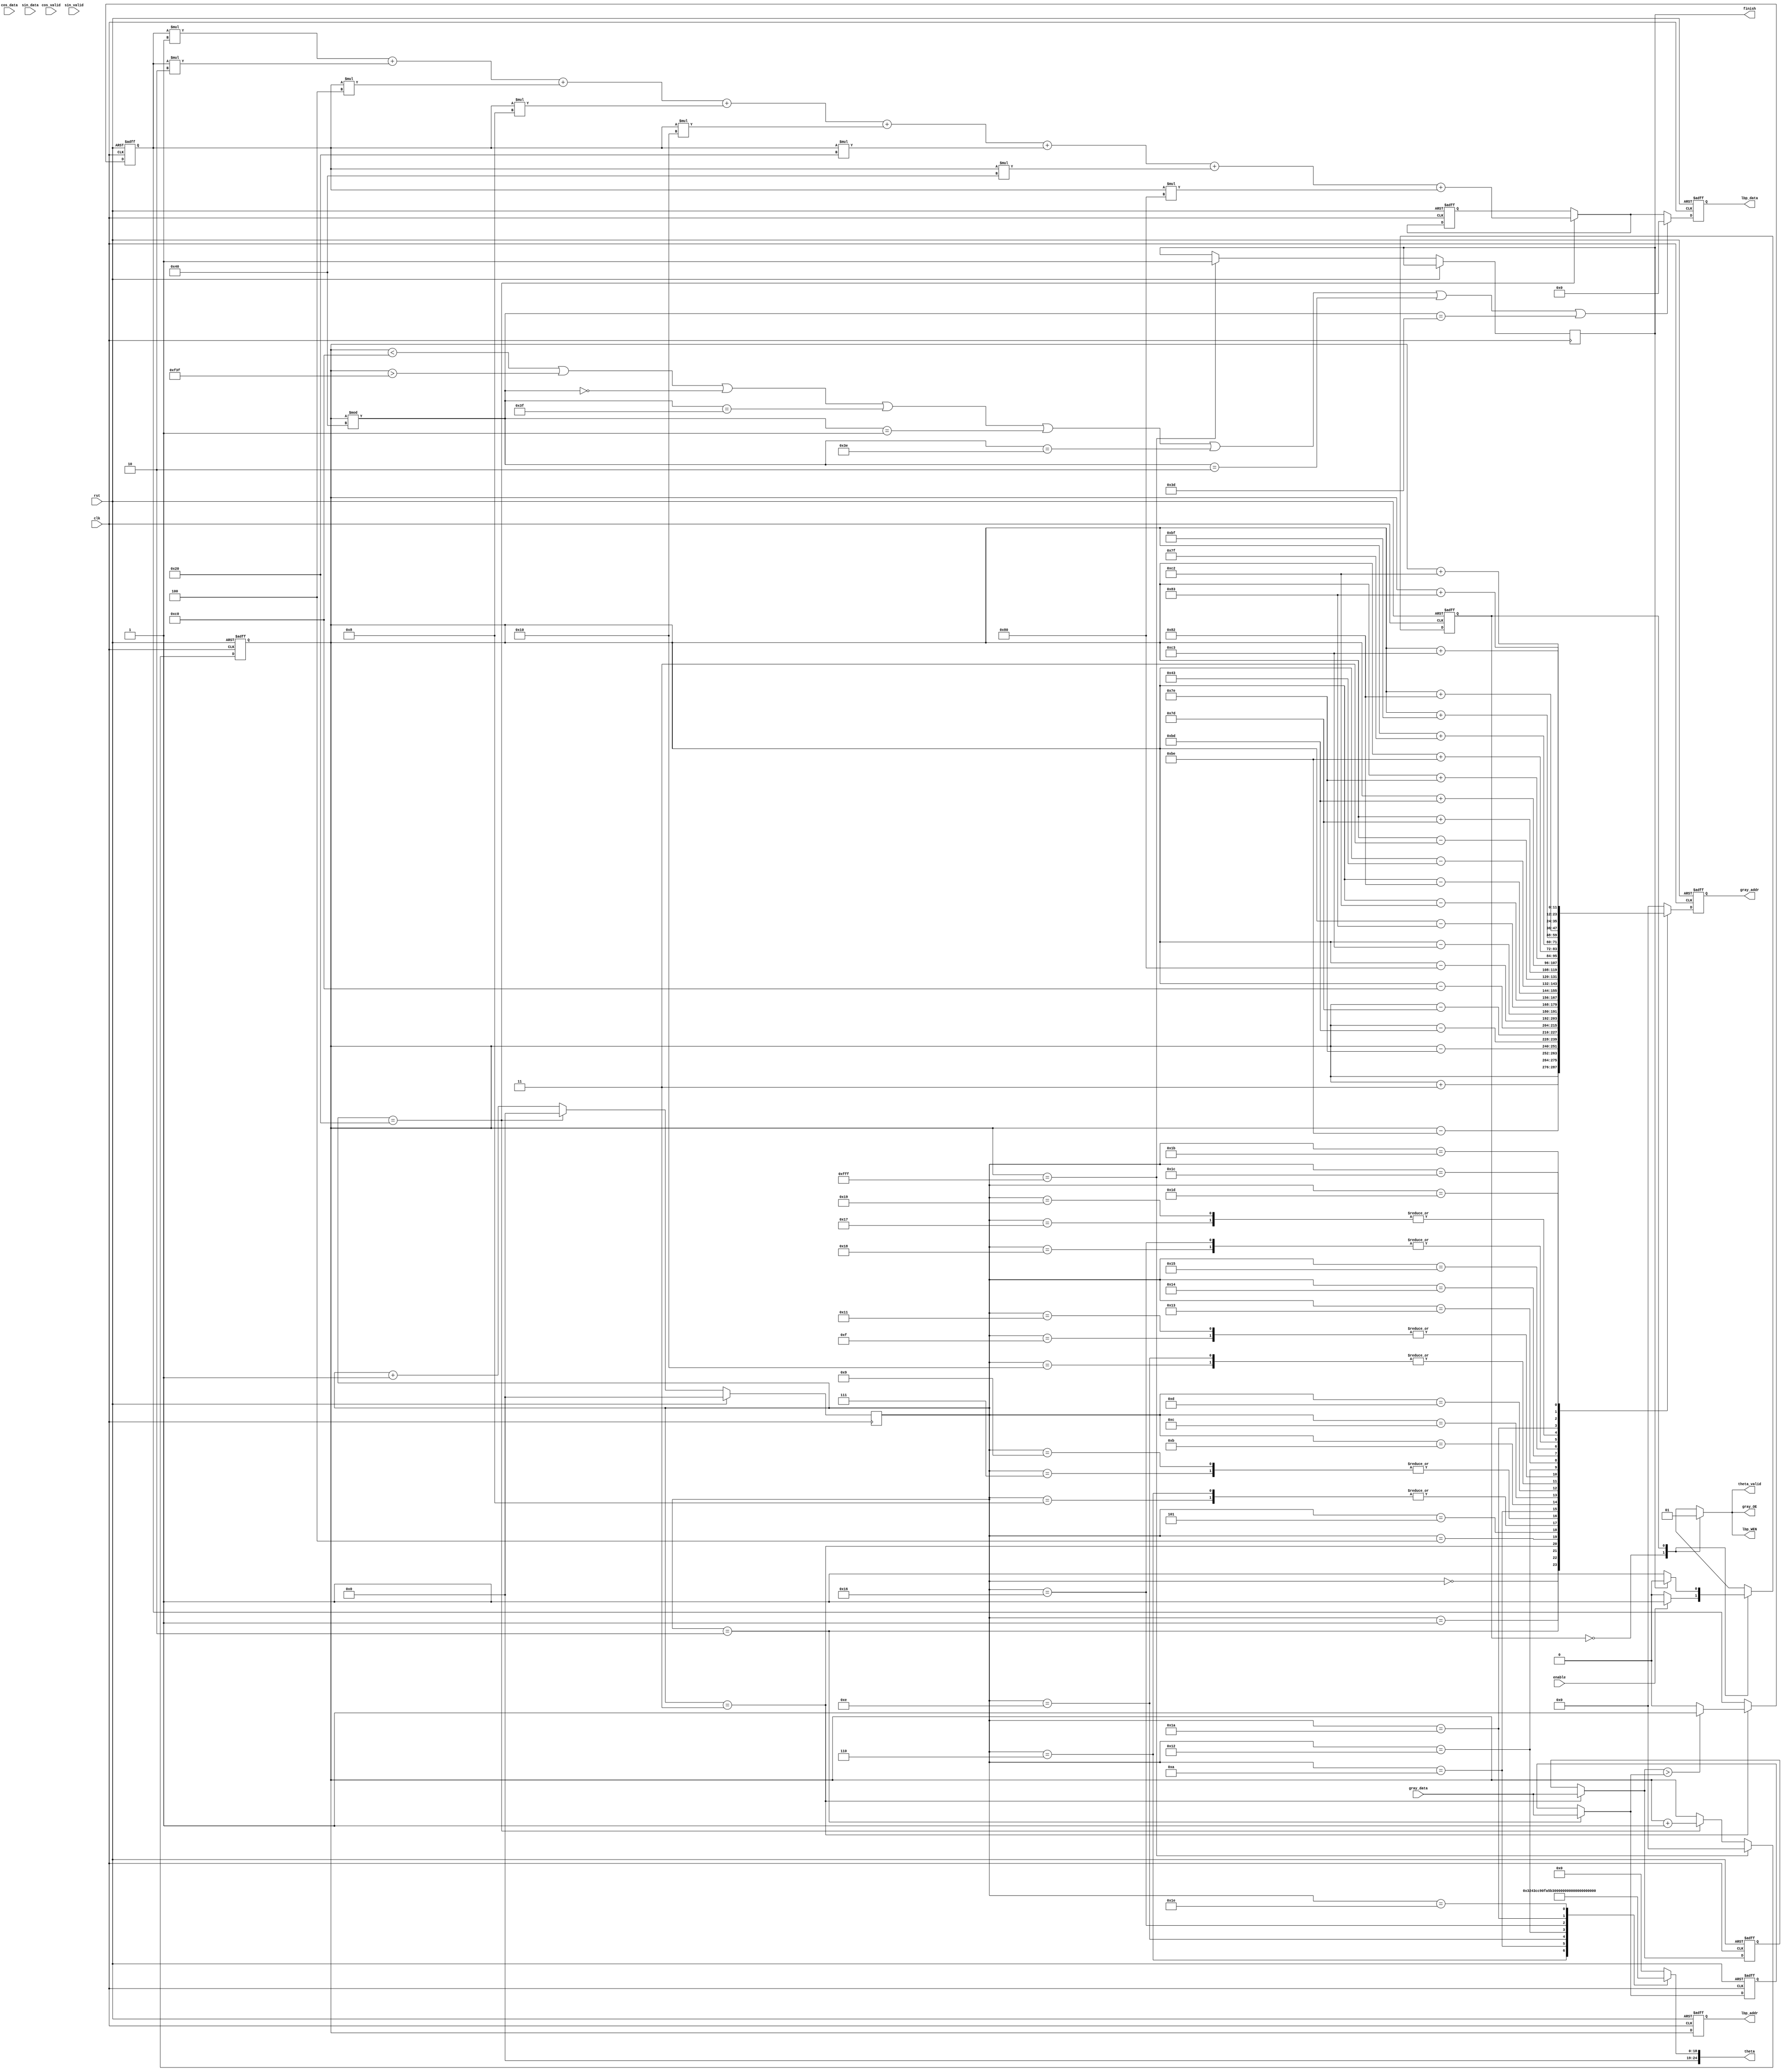
module CLBP
#(
    parameter INT_WIDTH     = 9,
    parameter FRAC_WIDTH    = 16
)
(
    input                                       clk,
    input                                       rst,
    input                                       enable,
    output reg  [11:0]                          gray_addr,
    output reg                                  gray_OE,
    input       [7:0]                           gray_data,
    output reg  [11:0]                          lbp_addr,
    output reg                                  lbp_WEN,
    output reg  [7:0]                           lbp_data,
    output reg  [(INT_WIDTH+FRAC_WIDTH)-1:0]    theta, // in radian
    output reg                                  theta_valid,
    input       [(INT_WIDTH+FRAC_WIDTH)-1:0]    cos_data,
    input                                       cos_valid,
    input       [(INT_WIDTH+FRAC_WIDTH)-1:0]    sin_data,
    input                                       sin_valid,
    output reg                                  finish
    );  
//====================================================================
reg [11:0] lbp_addr_value, gray_addr_value;
reg [7:0] lbp_value, lbp_value_t;
reg [7:0] k_c, k_0, k_1, k_2, k_3, k_4, k_5, k_6, k_7, q_00, q_01, q_10, q_11;
reg [7:0] k_c_t, k_0_t, k_1_t, k_2_t, k_3_t, k_4_t, k_5_t, k_6_t, k_7_t, q_00_t, q_01_t, q_10_t, q_11_t;
reg [5:0] counter;
reg current_state, next_state;
reg k_0_marked, k_1_marked, k_2_marked, k_3_marked, k_4_marked, k_5_marked, k_6_marked, k_7_marked;
reg k_0_marked_t, k_1_marked_t, k_2_marked_t, k_3_marked_t, k_4_marked_t, k_5_marked_t, k_6_marked_t, k_7_marked_t;
reg [(INT_WIDTH+FRAC_WIDTH)-1:0] rx, ry, w1, w2, w3, w4, x1, x2, y1, y2, tx, ty, ry_t, theta_t;
reg [(INT_WIDTH+FRAC_WIDTH)-1:0] rx_t, w1_t, w2_t, w3_t, w4_t, x1_t, x2_t, y1_t, y2_t, tx_t, ty_t, ry_t_t, ry_t_tt;
reg [(INT_WIDTH+FRAC_WIDTH)-1:0] q_00_temp, q_01_temp, q_10_temp, q_11_temp, c_d, s_d;
reg [(INT_WIDTH+FRAC_WIDTH)-1:0] c_d_t, s_d_t;
reg [(INT_WIDTH+FRAC_WIDTH)*2-1:0] w_1_data, w_2_data, w_3_data, w_4_data, k_temp;
reg [(INT_WIDTH+FRAC_WIDTH)*2-1:0] w_1_data_t, w_2_data_t, w_3_data_t, w_4_data_t, k_temp_t;
parameter IDLE = 1'b0, CALC = 1'b1;
//====================================================================
always @(*)
begin
    case(current_state)
        IDLE: begin
			if (enable)
			begin
            	next_state = CALC;
			end
			else
            begin
                next_state = IDLE;
			end
        end
        CALC: begin
            if (finish)
			begin
            	next_state = IDLE;
			end
			else
            begin
                next_state = CALC;
			end
        end
    endcase
end

always @(posedge clk or posedge rst)
begin
	if (rst)
        current_state <= IDLE;
	else
        current_state <= next_state;
end

always @(posedge clk or posedge rst)
begin
    if (rst)
    begin
        // Reset signals
        gray_addr <= 12'd0;
        lbp_addr <= 12'd0;
        lbp_data <= 8'd0;
    end
    else
    begin
        // Update outputs based on the calculated values
        gray_addr <= gray_addr_value;
        lbp_addr <= lbp_addr_value;
		if (lbp_addr_value < 12'd192 || lbp_addr_value > 12'd3903 || 
            lbp_addr_value % 12'd64 == 12'd0 || lbp_addr_value % 12'd64 == 12'd63 ||
            lbp_addr_value % 12'd64 == 12'd1 || lbp_addr_value % 12'd64 == 12'd62 ||
            lbp_addr_value % 12'd64 == 12'd2 || lbp_addr_value % 12'd64 == 12'd61)
		begin
            lbp_data <= 8'b0;
        end
		else
        begin
            lbp_data <= lbp_value;
		end
    end
end

always @(*)
begin
	case (current_state)
		IDLE: begin
			gray_OE = 1'b0;
			lbp_WEN = 1'b0;
            theta_valid = 1'b0;
		end
		CALC: begin
			gray_OE = 1'b1;
			lbp_WEN = 1'b1;
            theta_valid = 1'b1;
		end
	endcase
end

// update address
always @(posedge clk or posedge rst)
begin
	if (rst)
    begin
		lbp_addr_value <= 12'd0;
    end
    else
	if (lbp_addr_value == 12'd4095)
	begin
        lbp_addr_value <= 12'd0;
		finish <= 1'b1;
	end
    else
    begin
		if (counter == 6'd32)
			lbp_addr_value <= lbp_addr_value + 12'd1;
		else
			lbp_addr_value <= lbp_addr_value;
    end
end

// counter
always @(posedge clk)
begin
	if (rst)
        counter <= 6'd0;
	else
    begin
		if (counter == 6'd32)
            counter <= 6'd0;
        else
            counter <= counter + 6'd1;
	end
end

// gray_addr_value
always @(*)
begin
    case(counter)
		6'd0: gray_addr_value = lbp_addr_value;
    	6'd1: gray_addr_value = lbp_addr_value + 12'd3;     // k_0
    	6'd2: gray_addr_value = lbp_addr_value - 12'd190;   // k_1  // q_00
        6'd3: gray_addr_value = lbp_addr_value - 12'd126;           // q_01
        6'd4: gray_addr_value = lbp_addr_value - 12'd189;           // q_10
        6'd5: gray_addr_value = lbp_addr_value - 12'd125;           // q_11
    	6'd6: gray_addr_value = lbp_addr_value - 12'd192;    // k_2
        6'd7: gray_addr_value = lbp_addr_value - 12'd128;
        6'd8: gray_addr_value = lbp_addr_value - 12'd192;
        6'd9: gray_addr_value = lbp_addr_value - 12'd128;
		6'd10: gray_addr_value = lbp_addr_value - 12'd195;    // k_3 // q_00
        6'd11: gray_addr_value = lbp_addr_value - 12'd131;           // q_01
        6'd12: gray_addr_value = lbp_addr_value - 12'd194;           // q_10
        6'd13: gray_addr_value = lbp_addr_value - 12'd130;          // q_11
		6'd14: gray_addr_value = lbp_addr_value - 12'd67;     // k_4
        6'd15: gray_addr_value = lbp_addr_value - 12'd3;
        6'd16: gray_addr_value = lbp_addr_value - 12'd67;
        6'd17: gray_addr_value = lbp_addr_value - 12'd3;
		6'd18: gray_addr_value = lbp_addr_value + 12'd125;   // k_5  // q_00
        6'd19: gray_addr_value = lbp_addr_value + 12'd189;           // q_01
        6'd20: gray_addr_value = lbp_addr_value + 12'd126;           // q_10
        6'd21: gray_addr_value = lbp_addr_value + 12'd190;           // q_11
		6'd22: gray_addr_value = lbp_addr_value + 12'd127;    // k_6
        6'd23: gray_addr_value = lbp_addr_value + 12'd191;
        6'd24: gray_addr_value = lbp_addr_value + 12'd127;
        6'd25: gray_addr_value = lbp_addr_value + 12'd191;
		6'd26: gray_addr_value = lbp_addr_value + 12'd130;    // k_7 // q_00
        6'd27: gray_addr_value = lbp_addr_value + 12'd194;           // q_01
        6'd28: gray_addr_value = lbp_addr_value + 12'd131;           // q_10
        6'd29: gray_addr_value = lbp_addr_value + 12'd195;           // q_11
        default: gray_addr_value = 12'd0;
	endcase
end

always @(posedge clk or posedge rst)
begin
	if (rst)
        theta_t <= 25'd0;
	else
        theta_t <= theta;
end

always @(*)
begin
    theta = theta_t;
    case(counter)
        6'd6: theta = (25'd2) * (25'b0000000110010010000111111 * 25'd1) / (25'd8);      // pi/4
        6'd10: theta = (25'd2) * (25'b0000000110010010000111111 * 25'd2) / (25'd8);     // pi/2
        6'd14: theta = (25'd2) * (25'b0000000110010010000111111 * 25'd3) / (25'd8);     // 3pi/4
        6'd18: theta = (25'd2) * (25'b0000000110010010000111111 * 25'd4) / (25'd8);     // pi
        6'd22: theta = (25'd2) * (25'b0000000110010010000111111 * 25'd5) / (25'd8);     // 5pi/4
        6'd26: theta = (25'd2) * (25'b0000000110010010000111111 * 25'd6) / (25'd8);     // 3pi/2
        6'd30: theta = (25'd2) * (25'b0000000110010010000111111 * 25'd7) / (25'd8);     // 7pi/4
        default: theta = 25'd0;
    endcase
end

always @(posedge clk or posedge rst)
begin
	if (rst)
    begin
        k_temp_t <= 50'd0;
        k_1_t <= 8'd0;
        k_2_t <= 8'd0;
        k_3_t <= 8'd0;
        k_4_t <= 8'd0;
        k_5_t <= 8'd0;
        k_6_t <= 8'd0;
        k_7_t <= 8'd0;
    end
	else
    begin
        k_temp_t <= k_temp;
        k_1_t <= k_1;
        k_2_t <= k_2;
        k_3_t <= k_3;
        k_4_t <= k_4;
        k_5_t <= k_5;
        k_6_t <= k_6;
        k_7_t <= k_7;
    end
end

always @(*)
begin
    q_00_temp = {1'b0, q_00, 16'b0};
    q_01_temp = {1'b0, q_01, 16'b0};
    q_10_temp = {1'b0, q_10, 16'b0};
    q_11_temp = {1'b0, q_11, 16'b0};
    k_temp = k_temp_t;
    k_1 = k_1_t;
    k_2 = k_2_t;
    k_3 = k_3_t;
    k_4 = k_4_t;
    k_5 = k_5_t;
    k_6 = k_6_t;
    k_7 = k_7_t;
    case(counter)
        6'd7: 
        begin
            k_temp = (q_00_temp * w1 + q_01_temp * w2 + q_10_temp * w3 + q_11_temp * w4);
            if (k_temp[31] == 1'b1 || k_temp[30] == 1'b1 || k_temp[29] == 1'b1 || 
                k_temp[28] == 1'b1 || k_temp[27] == 1'b1)
                k_1 = k_temp[39:32] + 8'd1;
            else
                k_1 = k_temp[39:32];
        end
        6'd11: 
        begin
            k_temp = (q_00_temp * w1 + q_01_temp * w2 + q_10_temp * w3 + q_11_temp * w4);
            if (k_temp[31] == 1'b1 || k_temp[30] == 1'b1 || k_temp[29] == 1'b1 || 
                k_temp[28] == 1'b1 || k_temp[27] == 1'b1)
                k_2 = k_temp[39:32] + 8'd1;
            else
                k_2 = k_temp[39:32];
        end
        6'd15: 
        begin
            k_temp = (q_00_temp * w1 + q_01_temp * w2 + q_10_temp * w3 + q_11_temp * w4);
            if (k_temp[31] == 1'b1 || k_temp[30] == 1'b1 || k_temp[29] == 1'b1 || 
                k_temp[28] == 1'b1 || k_temp[27] == 1'b1)
                k_3 = k_temp[39:32] + 8'd1;
            else
                k_3 = k_temp[39:32];
        end
        6'd19: 
        begin
            k_temp = (q_00_temp * w1 + q_01_temp * w2 + q_10_temp * w3 + q_11_temp * w4);
            if (k_temp[31] == 1'b1 || k_temp[30] == 1'b1 || k_temp[29] == 1'b1 || 
                k_temp[28] == 1'b1 || k_temp[27] == 1'b1)
                k_4 = k_temp[39:32] + 8'd1;
            else
                k_4 = k_temp[39:32];
        end
        6'd23: 
        begin
            k_temp = (q_00_temp * w1 + q_01_temp * w2 + q_10_temp * w3 + q_11_temp * w4);
            if (k_temp[31] == 1'b1 || k_temp[30] == 1'b1 || k_temp[29] == 1'b1 || 
                k_temp[28] == 1'b1 || k_temp[27] == 1'b1)
                k_5 = k_temp[39:32] + 8'd1;
            else
                k_5 = k_temp[39:32];
        end
        6'd27: 
        begin
            k_temp = (q_00_temp * w1 + q_01_temp * w2 + q_10_temp * w3 + q_11_temp * w4);
            if (k_temp[31] == 1'b1 || k_temp[30] == 1'b1 || k_temp[29] == 1'b1 || 
                k_temp[28] == 1'b1 || k_temp[27] == 1'b1)
                k_6 = k_temp[39:32] + 8'd1;
            else
                k_6 = k_temp[39:32];
        end
        6'd31:
        begin
            k_temp = (q_00_temp * w1 + q_01_temp * w2 + q_10_temp * w3 + q_11_temp * w4);
            if (k_temp[31] == 1'b1 || k_temp[30] == 1'b1 || k_temp[29] == 1'b1 || 
                k_temp[28] == 1'b1 || k_temp[27] == 1'b1)
                k_7 = k_temp[39:32] + 8'd1;
            else
                k_7 = k_temp[39:32];
        end 
        default:
        begin
            k_temp = 50'd0;
        end
    endcase
end

always @(posedge clk or posedge rst)
begin
	if (rst)
    begin
        rx_t <= 25'd0;
        ry_t_t <= 25'd0;
        x1_t <= 25'd0;
        x2_t <= 25'd0;
        y1_t <= 25'd0;
        y2_t <= 25'd0;
        tx_t <= 25'd0;
        ty_t <= 25'd0;
        w1_t <= 25'd0;
        w2_t <= 25'd0;
        w3_t <= 25'd0;
        w4_t <= 25'd0;
        c_d_t <= 25'd0;
        s_d_t <= 25'd0;
        ry_t_tt <= 25'd0;
        w_1_data_t <= 50'd0;
        w_2_data_t <= 50'd0;
        w_3_data_t <= 50'd0;
        w_4_data_t <= 50'd0;
    end
	else
    begin
        rx_t <= rx;
        ry_t_t <= ry;
        x1_t <= x1;
        x2_t <= x2;
        y1_t <= y1;
        y2_t <= y2;
        tx_t <= tx;
        ty_t <= ty;
        w1_t <= w1;
        w2_t <= w2;
        w3_t <= w3;
        w4_t <= w4;
        c_d_t <= c_d;
        s_d_t <= s_d;
        ry_t_tt <= ry_t;
        w_1_data_t <= w_1_data;
        w_2_data_t <= w_2_data;
        w_3_data_t <= w_3_data;
        w_4_data_t <= w_4_data;
    end
end

always @(*)
begin
	rx = rx_t;
    ry = ry_t_t;
    x1 = x1_t;
    x2 = x2_t;
    y1 = y1_t;
    y2 = y2_t;
    tx = tx_t;
    ty = ty_t;
    w1 = w1_t;
    w2 = w2_t;
    w3 = w3_t;
    w4 = w4_t;
    c_d = c_d_t;
    s_d = s_d_t;
    ry_t = ry_t_tt;
    w_1_data = w_1_data_t;
    w_2_data = w_2_data_t;
    w_3_data = w_3_data_t;
    w_4_data = w_4_data_t;
    case(counter)
    6'd7, 6'd11, 6'd15, 6'd19, 6'd23, 6'd27, 6'd31:
    begin
        if (cos_valid && sin_valid)
        begin
            c_d = cos_data;
            s_d = sin_data;
            if (c_d[24] == 1'b1)
            begin
                c_d[24:16] = 9'b100000000;
                c_d[15] = ~c_d[15];
                c_d[14] = ~c_d[14];
                c_d[13] = ~c_d[13];
                c_d[12] = ~c_d[12];
                c_d[11] = ~c_d[11];
                c_d[10] = ~c_d[10];
                c_d[9] = ~c_d[9];
                c_d[8] = ~c_d[8];
                c_d[7] = ~c_d[7];
                c_d[6] = ~c_d[6];
                c_d[5] = ~c_d[5];
                c_d[4] = ~c_d[4];
                c_d[3] = ~c_d[3];
                c_d[2] = ~c_d[2];
                c_d[1] = ~c_d[1];
                c_d[0] = ~c_d[0];
                c_d = c_d + 25'd1;
            end
            else
                c_d = c_d;
            if (s_d[24] == 1'b1)
            begin
                s_d[24:16] = 9'b100000000;
                s_d[15] = ~s_d[15];
                s_d[14] = ~s_d[14];
                s_d[13] = ~s_d[13];
                s_d[12] = ~s_d[12];
                s_d[11] = ~s_d[11];
                s_d[10] = ~s_d[10];
                s_d[9] = ~s_d[9];
                s_d[8] = ~s_d[8];
                s_d[7] = ~s_d[7];
                s_d[6] = ~s_d[6];
                s_d[5] = ~s_d[5];
                s_d[4] = ~s_d[4];
                s_d[3] = ~s_d[3];
                s_d[2] = ~s_d[2];
                s_d[1] = ~s_d[1];
                s_d[0] = ~s_d[0];
                s_d = s_d + 25'd1;
            end
            else
                s_d = s_d;
            if (c_d[15:11] == 5'b11111)
            begin
                c_d = {c_d[24:16], 16'b0} + 25'd65536;
            end
            else
            begin
                c_d = c_d;
            end
            if (s_d[15:11] == 5'b11111)
            begin
                s_d = {s_d[24:16], 16'b0} + 25'd65536;
            end
            else
            begin
                s_d = s_d;
            end
            rx = 3 * c_d;
            ry_t = 3 * s_d;
            if (ry_t[24] == 1'b0)
                ry = {1'b1, ry_t[23:0]};
            else
                ry = {1'b0, ry_t[23:0]};
        end
        else
        begin
            rx = 25'd0;
            ry = 25'd0;
        end
    end
    default:
    begin
        rx = rx_t;
        ry = ry_t;
    end
    endcase
    x1 = (rx / 25'd65536) * 25'd65536;
    x2 = (rx / 25'd65536) * 25'd65536;
    if (rx[15:0] > 16'd0)
    begin
        if (rx[24] == 1'b1)
            x1 = x1 + 25'd65536;
        else
            x2 = x2 + 25'd65536;
    end
    else
    begin
        x1 = x1;
        x2 = x2;
    end
    y1 = (ry / 25'd65536) * 25'd65536;
    y2 = (ry / 25'd65536) * 25'd65536;
    if (ry[15:0] > 16'd0)
    begin
        if (ry[24] == 1'b1)
            y1 = y1 + 25'd65536;
        else
            y2 = y2 + 25'd65536;
    end
    else
    begin
        y1 = y1_t;
        y2 = y2_t;
    end
    if (rx[24] == 1'b1)
        tx = (x1 - rx);
    else
        tx = (rx - x1);
    if (ry[24] == 1'b1)
        ty = (y1 - ry);
    else
        ty = (ry - y1);
    w_1_data = ((25'b0000000010000000000000000 - tx) * (25'b0000000010000000000000000 - ty));
    w_2_data = (tx * (25'b0000000010000000000000000 - ty));
    w_3_data = ((25'b0000000010000000000000000 - tx) * ty);
    w_4_data = (tx * ty);
    w1 = w_1_data[40:16];
    if (w_1_data[15] == 1'b1)
        w1= w1 + 25'd1;
    else
        w1 = w1;
    w2 = w_2_data[40:16];
    if (w_2_data[15] == 1'b1)
        w2 = w2 + 25'd1;
    else
        w2 = w2;
    w3 = w_3_data[40:16];
    if (w_3_data[15] == 1'b1)
        w3 = w3 + 25'd1;
    else
        w3 = w3;
    w4 = w_4_data[40:16];
    if (w_4_data[15] == 1'b1)
        w4 = w4 + 25'd1;
    else
        w4 = w4;
end

always @(posedge clk or posedge rst)
begin
	if (rst)
    begin
        k_c_t <= 8'd0;
        k_0_t <= 8'd0;
        q_00_t <= 8'd0;
        q_01_t <= 8'd0;
        q_10_t <= 8'd0;
        q_11_t <= 8'd0;
    end
	else
    begin
        k_c_t <= k_c;
        k_0_t <= k_0;
        q_00_t <= q_00;
        q_01_t <= q_01;
        q_10_t <= q_10;
        q_11_t <= q_11;
    end
end

// gray_value
always @(*)
begin
    k_c = k_c_t;
    k_0 = k_0_t;
    q_00 = q_00_t;
    q_01 = q_01_t;
    q_10 = q_10_t;
    q_11 = q_11_t;
    case(counter)
    6'd2: k_c = gray_data;
    6'd3: k_0 = gray_data;
    6'd4: q_00 = gray_data; // k_1
    6'd5: q_01 = gray_data;
    6'd6: q_10 = gray_data;
    6'd7: q_11 = gray_data;
    6'd8: q_00 = gray_data; // k_2
    6'd9: q_01 = gray_data;
    6'd10: q_10 = gray_data;
    6'd11: q_11 = gray_data;
    6'd12: q_00 = gray_data; // k_3
    6'd13: q_01 = gray_data;
    6'd14: q_10 = gray_data;
    6'd15: q_11 = gray_data;
    6'd16: q_00 = gray_data; // k_4
    6'd17: q_01 = gray_data;
    6'd18: q_10 = gray_data;
    6'd19: q_11 = gray_data;
    6'd20: q_00 = gray_data; // k_5
    6'd21: q_01 = gray_data;
    6'd22: q_10 = gray_data;
    6'd23: q_11 = gray_data;
    6'd24: q_00 = gray_data; // k_6
    6'd25: q_01 = gray_data;
    6'd26: q_10 = gray_data;
    6'd27: q_11 = gray_data;
    6'd28: q_00 = gray_data; // k_7
    6'd29: q_01 = gray_data;
    6'd30: q_10 = gray_data;
    6'd31: q_11 = gray_data;
    default: k_c = k_c_t;
    endcase
end

always @(posedge clk or posedge rst)
begin
	if (rst)
    begin
        k_0_marked_t <= 1'b0;
        k_1_marked_t <= 1'b0;
        k_2_marked_t <= 1'b0;
        k_3_marked_t <= 1'b0;
        k_4_marked_t <= 1'b0;
        k_5_marked_t <= 1'b0;
        k_6_marked_t <= 1'b0;
        k_7_marked_t <= 1'b0;
        lbp_value_t <= 8'd0;
    end
	else
    begin
        k_0_marked_t <= k_0_marked;
        k_1_marked_t <= k_1_marked;
        k_2_marked_t <= k_2_marked;
        k_3_marked_t <= k_3_marked;
        k_4_marked_t <= k_4_marked;
        k_5_marked_t <= k_5_marked;
        k_6_marked_t <= k_6_marked;
        k_7_marked_t <= k_7_marked;
        lbp_value_t <= lbp_value;
    end
end

always @(*)
begin
    k_0_marked = k_0_marked_t;
    k_1_marked = k_0_marked_t;
    k_2_marked = k_0_marked_t;
    k_3_marked = k_0_marked_t;
    k_4_marked = k_0_marked_t;
    k_5_marked = k_0_marked_t;
    k_6_marked = k_0_marked_t;
    k_7_marked = k_0_marked_t;
    lbp_value = lbp_value_t;
	case(counter)
    6'd3: k_0_marked = (k_0 > k_c) ? 1'b1 : 1'b0;
    6'd7: k_1_marked = (k_1 > k_c) ? 1'b1 : 1'b0;
    6'd11: k_2_marked = (k_2 > k_c) ? 1'b1 : 1'b0;
    6'd15: k_3_marked = (k_3 > k_c) ? 1'b1 : 1'b0;
    6'd19: k_4_marked = (k_4 > k_c) ? 1'b1 : 1'b0;
    6'd23: k_5_marked = (k_5 > k_c) ? 1'b1 : 1'b0;
    6'd27: k_6_marked = (k_6 > k_c) ? 1'b1 : 1'b0;
    6'd31: k_7_marked = (k_7 > k_c) ? 1'b1 : 1'b0;
	6'd32: lbp_value = k_0_marked * 2**0 + k_1_marked * 2**1 + k_2_marked * 2**2 + k_3_marked * 2**3 +
                      k_4_marked * 2**4 + k_5_marked * 2**5 + k_6_marked * 2**6 + k_7_marked * 2**7;
    default: lbp_value = lbp_value_t;
	endcase
end
endmodule